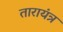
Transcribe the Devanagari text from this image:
तारायंत्र